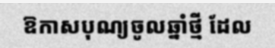
ឱកាសបុណ្យចូលឆ្នាំថ្មី ដែល